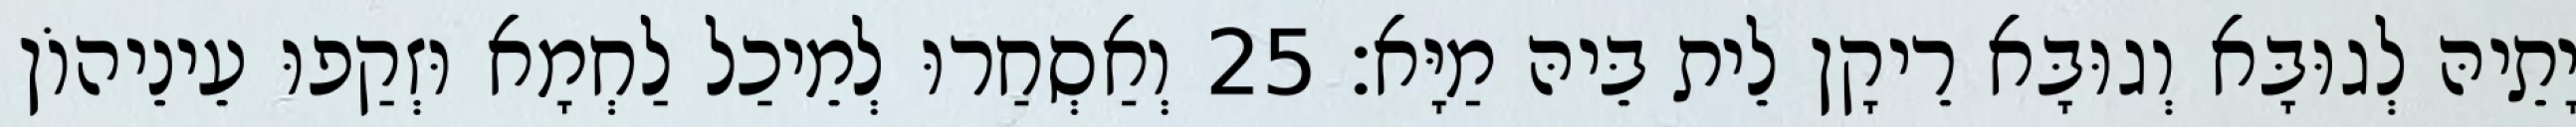
יָתֵיהּ לְגוּבָּא וְגוּבָּא רֵיקָן לֵית בֵּיהּ מַיָּא׃ 25 וְאַסְחַרוּ לְמֵיכַל לַחְמָא וּזְקַפוּ עֵינֵיהוֹן